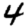
Digit: 4